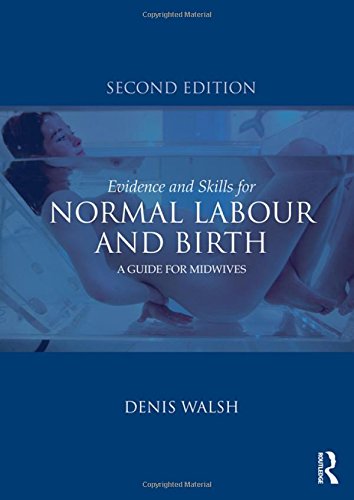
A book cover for Evidence and Skills for Normal Labour and Birth: A Guide for Midwives; Denis Walsh; Medical Books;